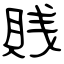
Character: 賎